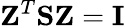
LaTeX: {\mathbf Z}^{T}{\mathbf S}{\mathbf Z}={\mathbf I}